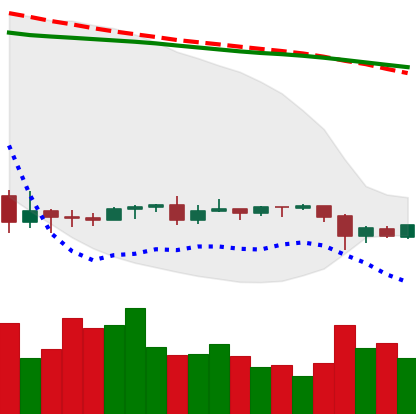
Ticker: ETC-USD
Chart end date: 2020-09-24
Forward return: 8.163%
Label: up_7plus